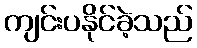
ကျင်းပနိုင်ခဲ့သည်